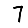
Digit: 7